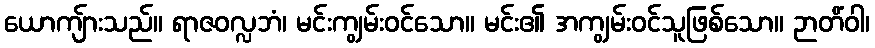
ယောကျ်ားသည်။ ရာဇဝလ္လဘံ၊ မင်းကျွမ်းဝင်သော။ မင်း၏ အကျွမ်းဝင်သူဖြစ်သော။ ဉာတိံဝါ၊